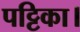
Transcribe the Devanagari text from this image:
पट्टिका।